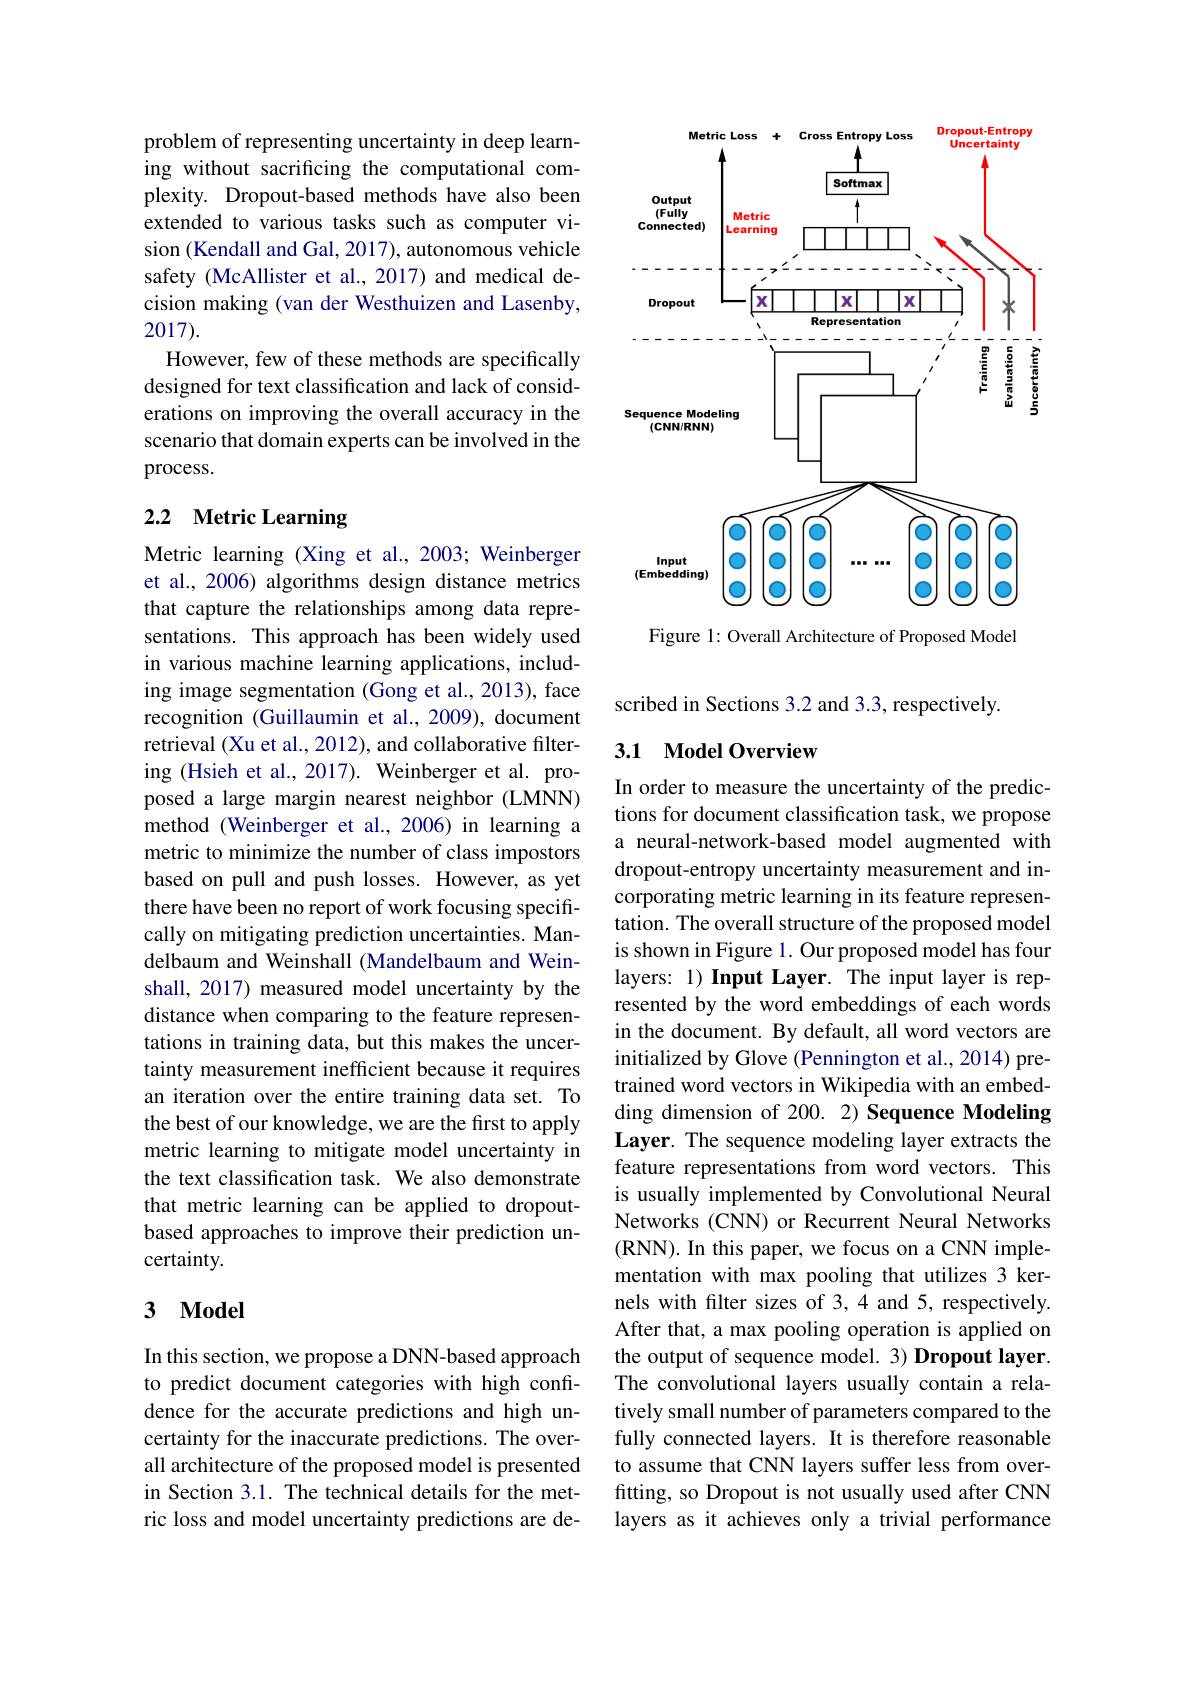
<FigureHere>
Figure 1: Overall Architecture of Proposed Model

problem of representing uncertainty in deep learning without sacrificing the computational complexity. Dropout-based methods have also been extended to various tasks such as computer vision (Kendall and Gal, 2017), autonomous vehicle safety (McAllister et al., 2017) and medical decision making (van der Westhuizen and Lasenby, 2017).
However, few of these methods are specifically designed for text classification and lack of considerations on improving the overall accuracy in the scenario that domain experts can be involved in the process.

# 2.2 Metric Learning

Metric learning (Xing et al., 2003; Weinberger et al., 2006) algorithms design distance metrics that capture the relationships among data representations. This approach has been widely used in various machine learning applications, including image segmentation (Gong et al., 2013), face recognition (Guillaumin et al., 2009), document retrieval (Xu et al., 2012), and collaborative filtering (Hsieh et al., 2017). Weinberger et al. proposed a large margin nearest neighbor (LMNN) method (Weinberger et al.,2006) in learning a metric to minimize the number of class impostors based on pull and push losses. However, as yet there have been no report of work focusing specifically on mitigating prediction uncertainties. Mandelbaum and Weinshall (Mandelbaum and Weinshall, 2017) measured model uncertainty by the distance when comparing to the feature representations in training data, but this makes the uncertainty measurement inefficient because it requires an iteration over the entire training data set. To the best of our knowledge, we are the first to apply metric learning to mitigate model uncertainty in the text classification task. We also demonstrate that metric learning can be applied to dropoutbased approaches to improve their prediction uncertainty.

### 3 $\mathbf{Model}$

In this section, we propose a DNN-based approach to predict document categories with high confidence for the accurate predictions and high uncertainty for the inaccurate predictions. The overall architecture of the proposed model is presented in Section 3.1. The technical details for the metric loss and model uncertainty predictions are de-

scribed in Sections 3.2 and 3.3, respectively.

## 3.1 Model Overview

In order to measure the uncertainty of the predictions for document classification task, we propose a neural-network-based model augmented with dropout-entropy uncertainty measurement and incorporating metric learning in its feature representation. The overall structure of the proposed model is shown in Figure 1. Our proposed model has four layers: 1) Input Layer. The input layer is represented by the word embeddings of each words in the document. By default, all word vectors are initialized by Glove (Pennington et al., 2014) pretrained word vectors in Wikipedia with an embedding dimension of 200. 2) Sequence Modeling Layer. The sequence modeling layer extracts the feature representations from word vectors. This is usually implemented by Convolutional Neural Networks (CNN) or Recurrent Neural Networks (RNN). In this paper, we focus on a CNN implementation with max pooling that utilizes 3 kernels with flter sizes of 3,4 and 5, respectively. After that, a max pooling operation is applied on the output of sequence model. 3) Dropout layer. The convolutional layers usually contain a relatively small number of parameters compared to the fully connected layers. It is therefore reasonable to assume that CNN layers suffer less from overfitting, so Dropout is not usually used after CNN layers as it achieves only a trivial performance